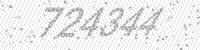
Solution: 724344